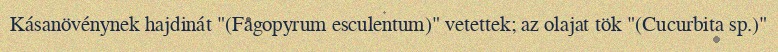
Kásanövénynek hajdinát "(Fagopyrum esculentum)" vetettek; az olajat tök "(Cucurbita sp.)"